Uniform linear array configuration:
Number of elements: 32
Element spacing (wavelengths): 1
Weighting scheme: kaiser
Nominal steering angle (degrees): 0
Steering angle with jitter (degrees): -0.2531
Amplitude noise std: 0.05
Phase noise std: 0.05

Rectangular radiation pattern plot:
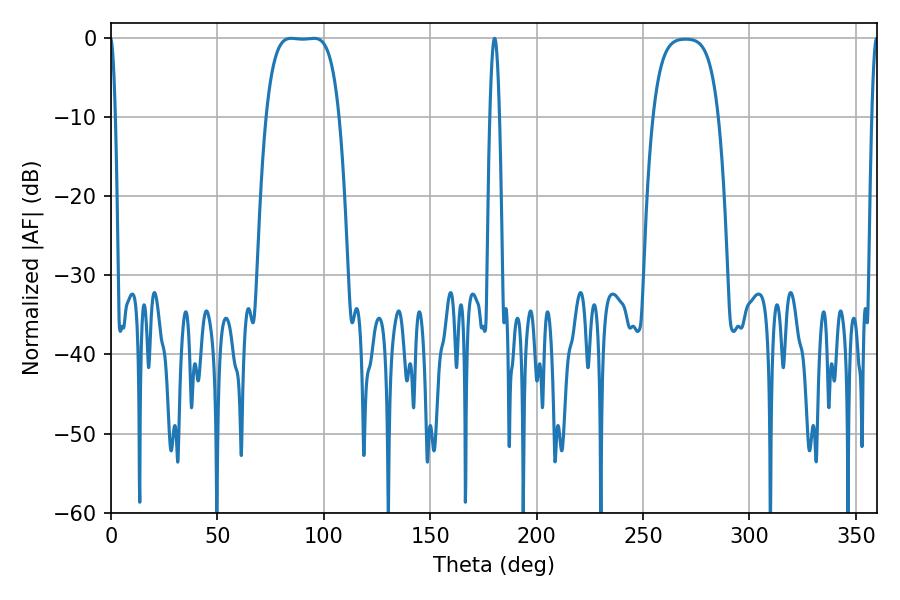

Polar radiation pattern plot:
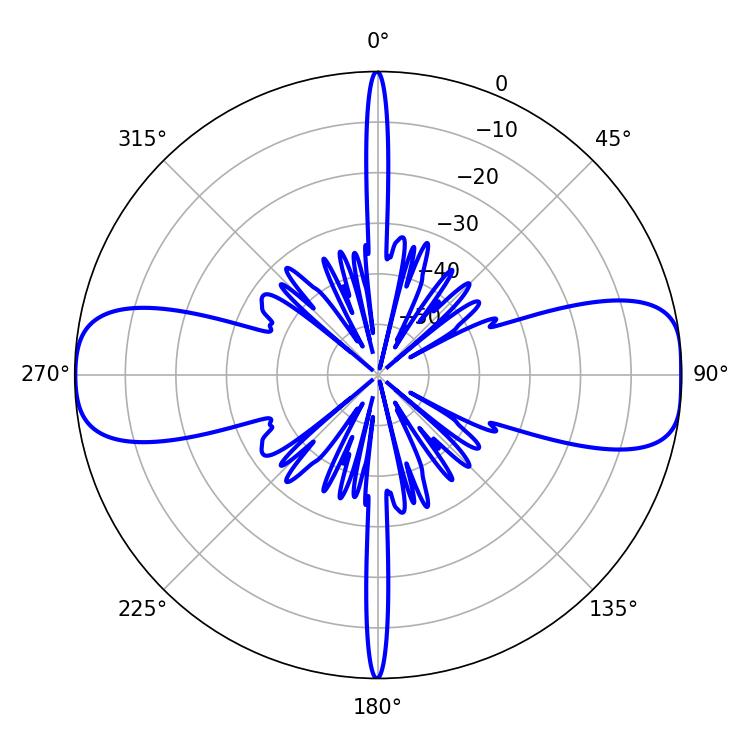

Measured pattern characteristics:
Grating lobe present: TRUE
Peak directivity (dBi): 13.541
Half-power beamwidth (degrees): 26.64
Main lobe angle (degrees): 84.6